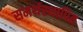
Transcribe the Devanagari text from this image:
समर्थस्थापित